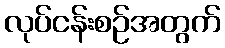
လုပ်ငန်းစဉ်အတွက်